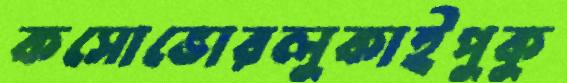
কসোভোরলুকাইপুকু